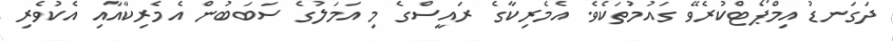
ދަގަނޑު އިމްޕޯޓްކުރެވޭ ގައުމުތަކެވެ. އެމެރިކާގެ ރައީސްގެ މި އަމަލުގެ ސަބަބުން އެމެރިކާއާއި އެކުވެރި